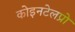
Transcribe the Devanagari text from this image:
कोइनटेलप्रो